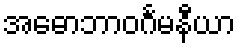
အဓောဘာဝင်္ဂမနီယာ